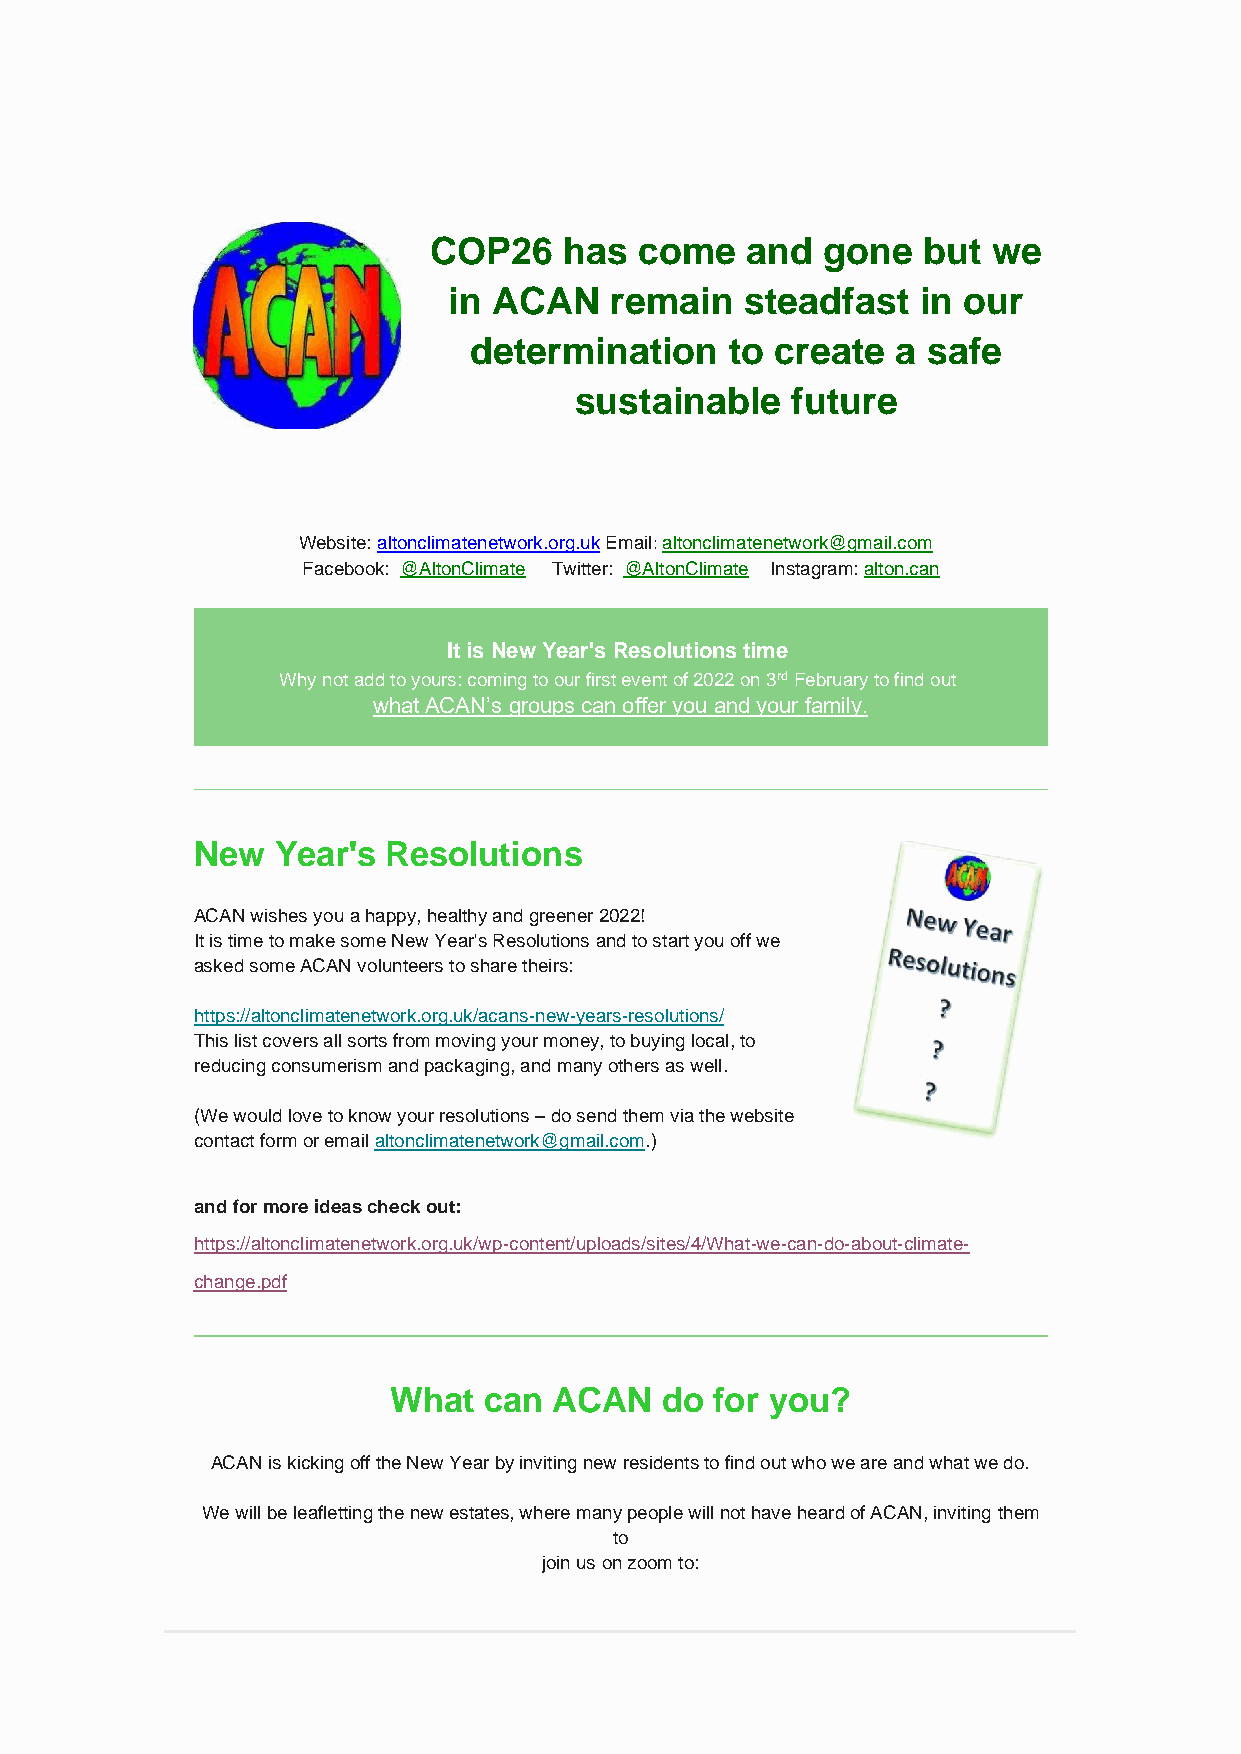
COP26    has  come   and  gone   but  we
 in ACAN   remain   steadfast   in our
 determination    to create  a safe
 sustainable   future
 Website: altonclimatenetwork.org.uk Email: altonclimatenetwork@gmail.com
 Facebook: @AltonClimate Twitter: @AltonClimate Instagram: alton.can
 It is New Year's Resolutions time
 Why not add to yours: coming to our first event of 2022 on 3rd February to find out
 what ACAN’s groups can offer you and your family.
 New  Year's  Resolutions
 ACAN wishes you a happy, healthy and greener 2022!
 It is time to make some New Year's Resolutions and to start you off we
 asked some ACAN volunteers to share theirs:
 https://altonclimatenetwork.org.uk/acans-new-years-resolutions/
 This list covers all sorts from moving your money, to buying local, to
 reducing consumerism and packaging, and many others as well.
 (We would love to know your resolutions – do send them via the website
 contact form or email altonclimatenetwork@gmail.com.)
 and for more ideas check out:
 https://altonclimatenetwork.org.uk/wp-content/uploads/sites/4/What-we-can-do-about-climate-
 change.pdf
 What  can  ACAN   do for you?
 ACAN is kicking off the New Year by inviting new residents to find out who we are and what we do.
 We will be leafletting the new estates, where many people will not have heard of ACAN, inviting them
 to
 join us on zoom to: